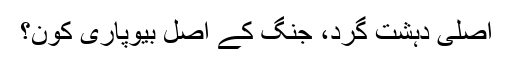
اصلی دہشت گرد، جنگ کے اصل بیوپاری کون؟